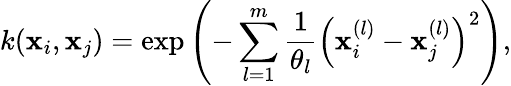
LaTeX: k(\mathbf{x}_{i},\mathbf{x}_{j})=\exp{\left(-\sum_{l=1}^{m}\frac{1}{\theta_{l}}\left(\mathbf{x}_{i}^{(l)}-\mathbf{x}_{j}^{(l)}\right)^{2}\right)},